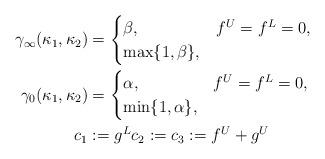
LaTeX: \begin{align*}\gamma_{\infty}(\kappa_1,\kappa_2) &= \begin{cases} \beta, & f^U = f^L = 0, \\ \max\{1,\beta\}, & \end{cases} \\\gamma_0(\kappa_1,\kappa_2) &= \begin{cases} \alpha, & f^U = f^L = 0, \\ \min\{1,\alpha\}, & \end{cases} \\c_1 &:= g^L c_2 := c_3 := f^U + g^U\end{align*}